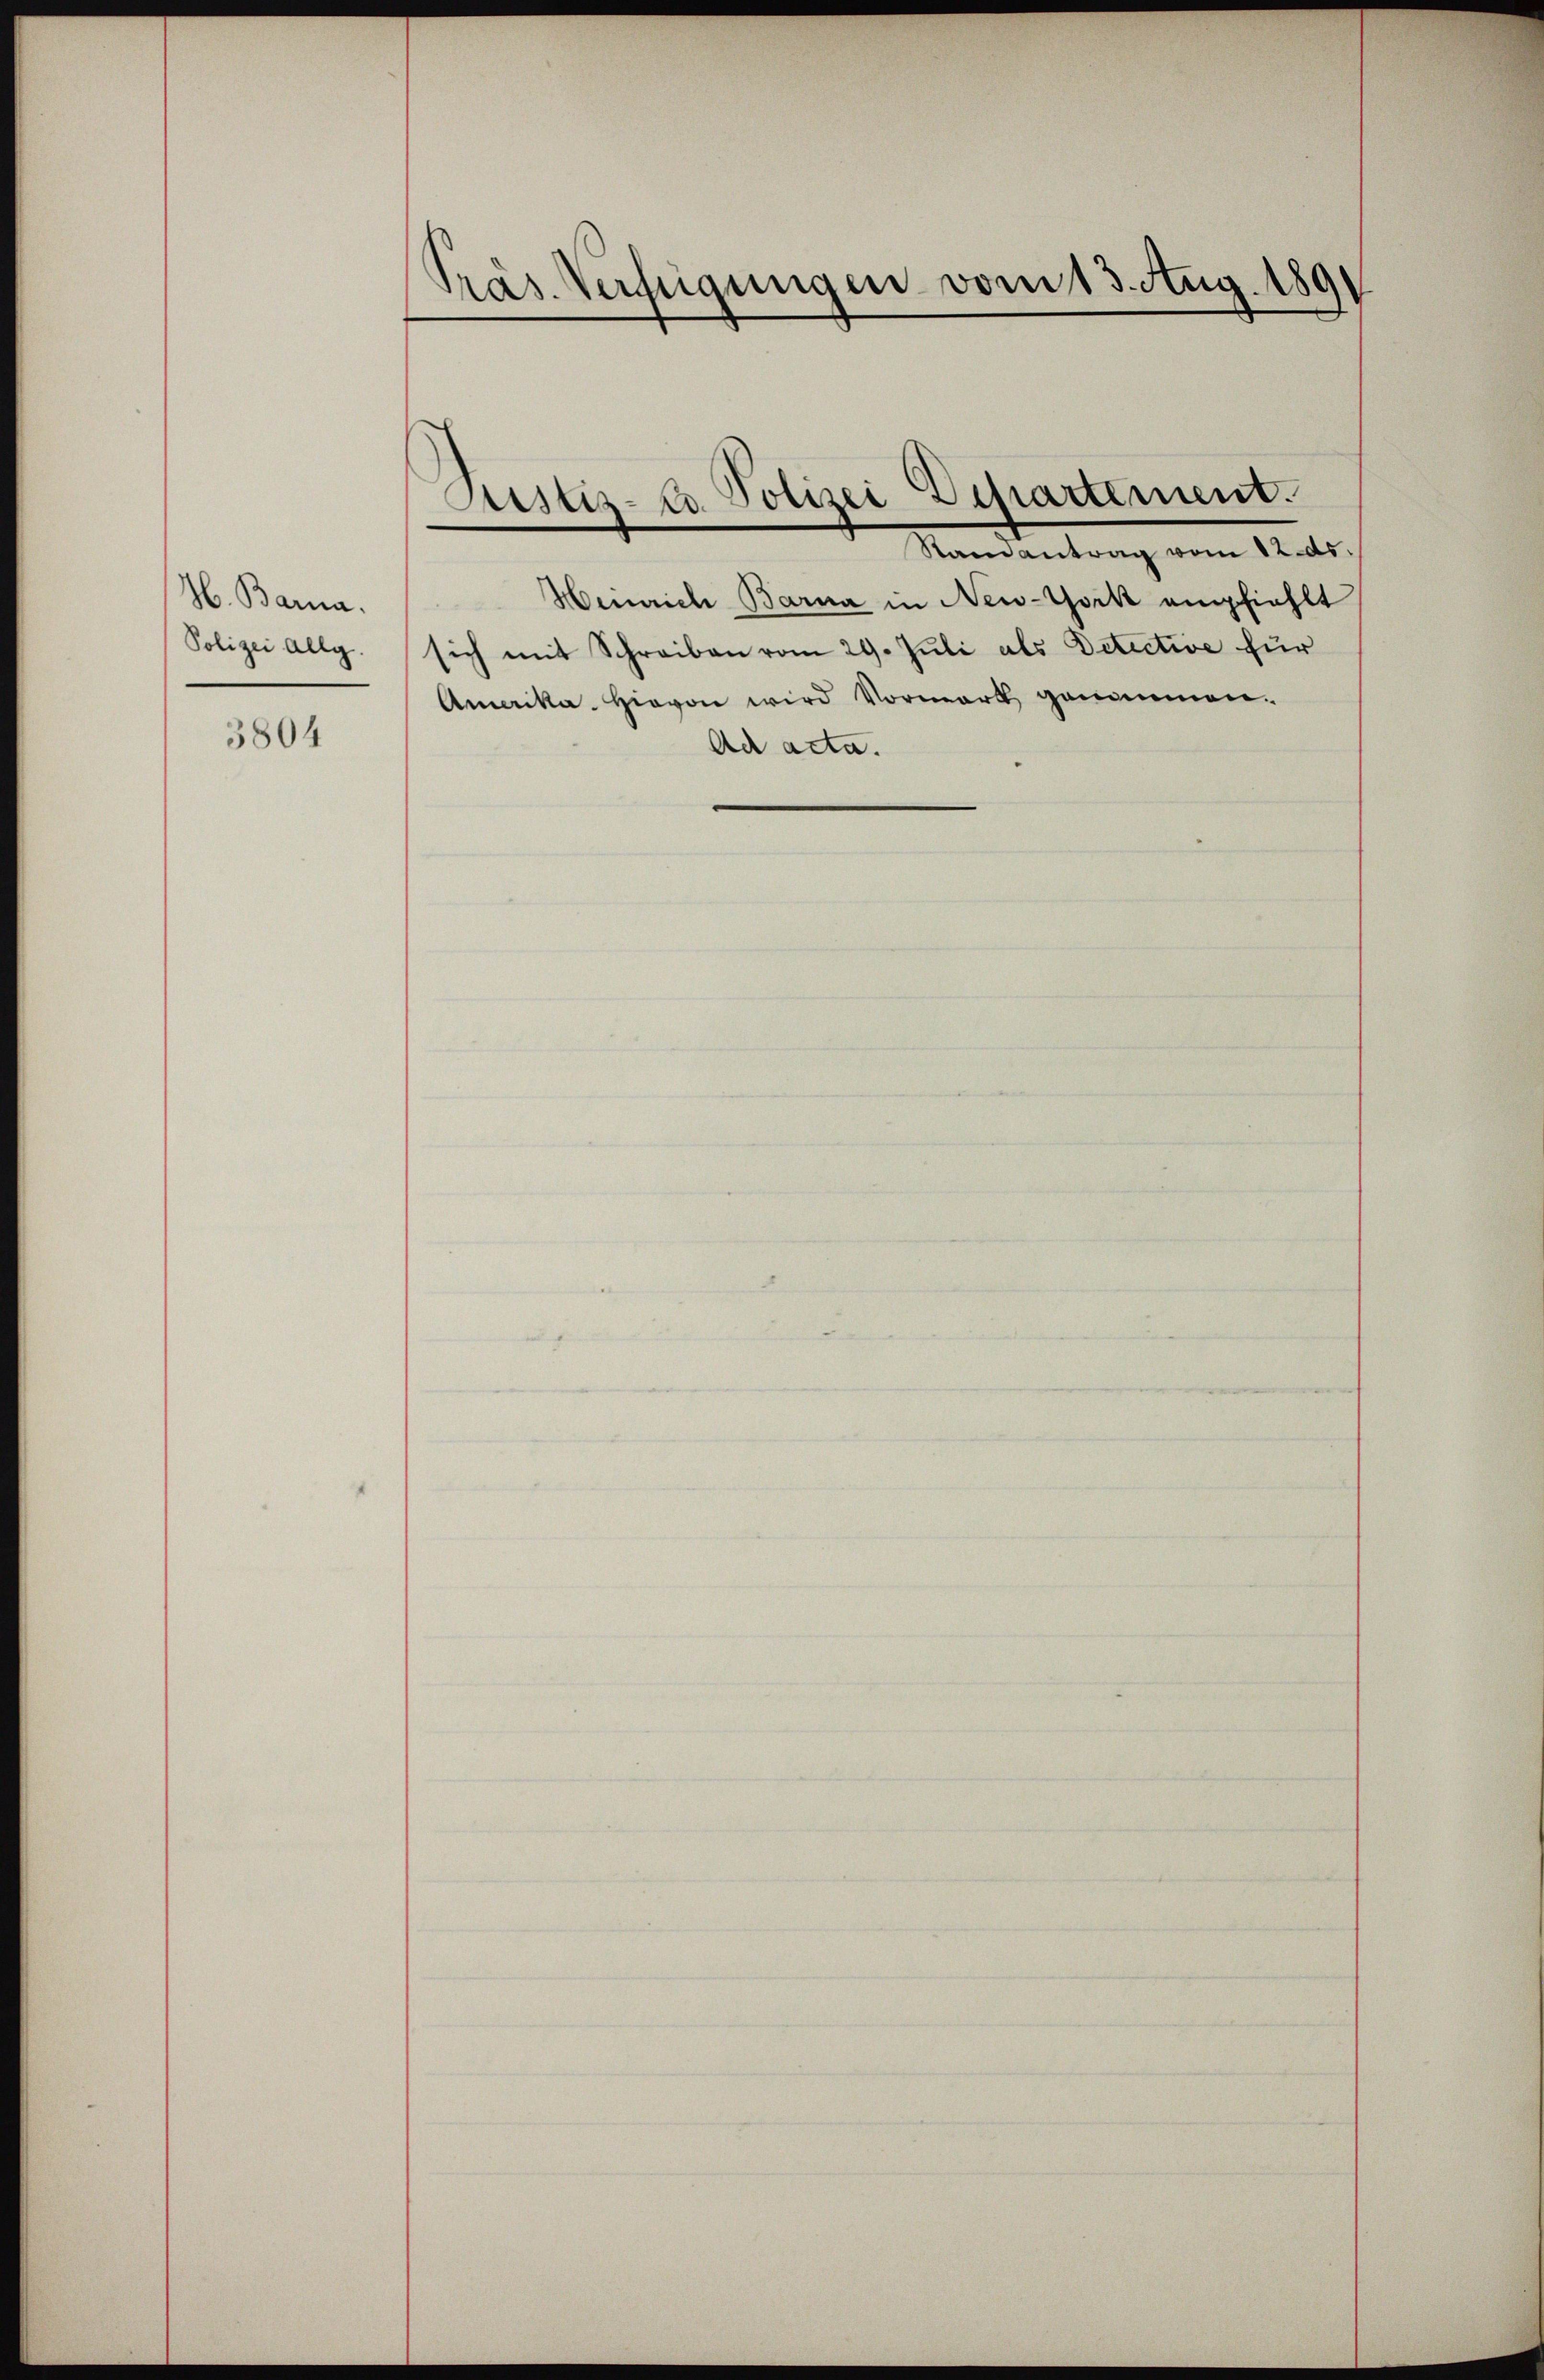
H. Bara.
Polizei allg.

3804

Pras. Verfügungen vom 13. Aug. 189

Justiz- u. Polizei Departement.

Randantrag vom 12. ds.
Heinrich Barna in New-York empfiehlt
sich mit Schreiben vom 29. Juli als Detective für
Amerika. Hievon wird Vormark genommen.
Ad acta.